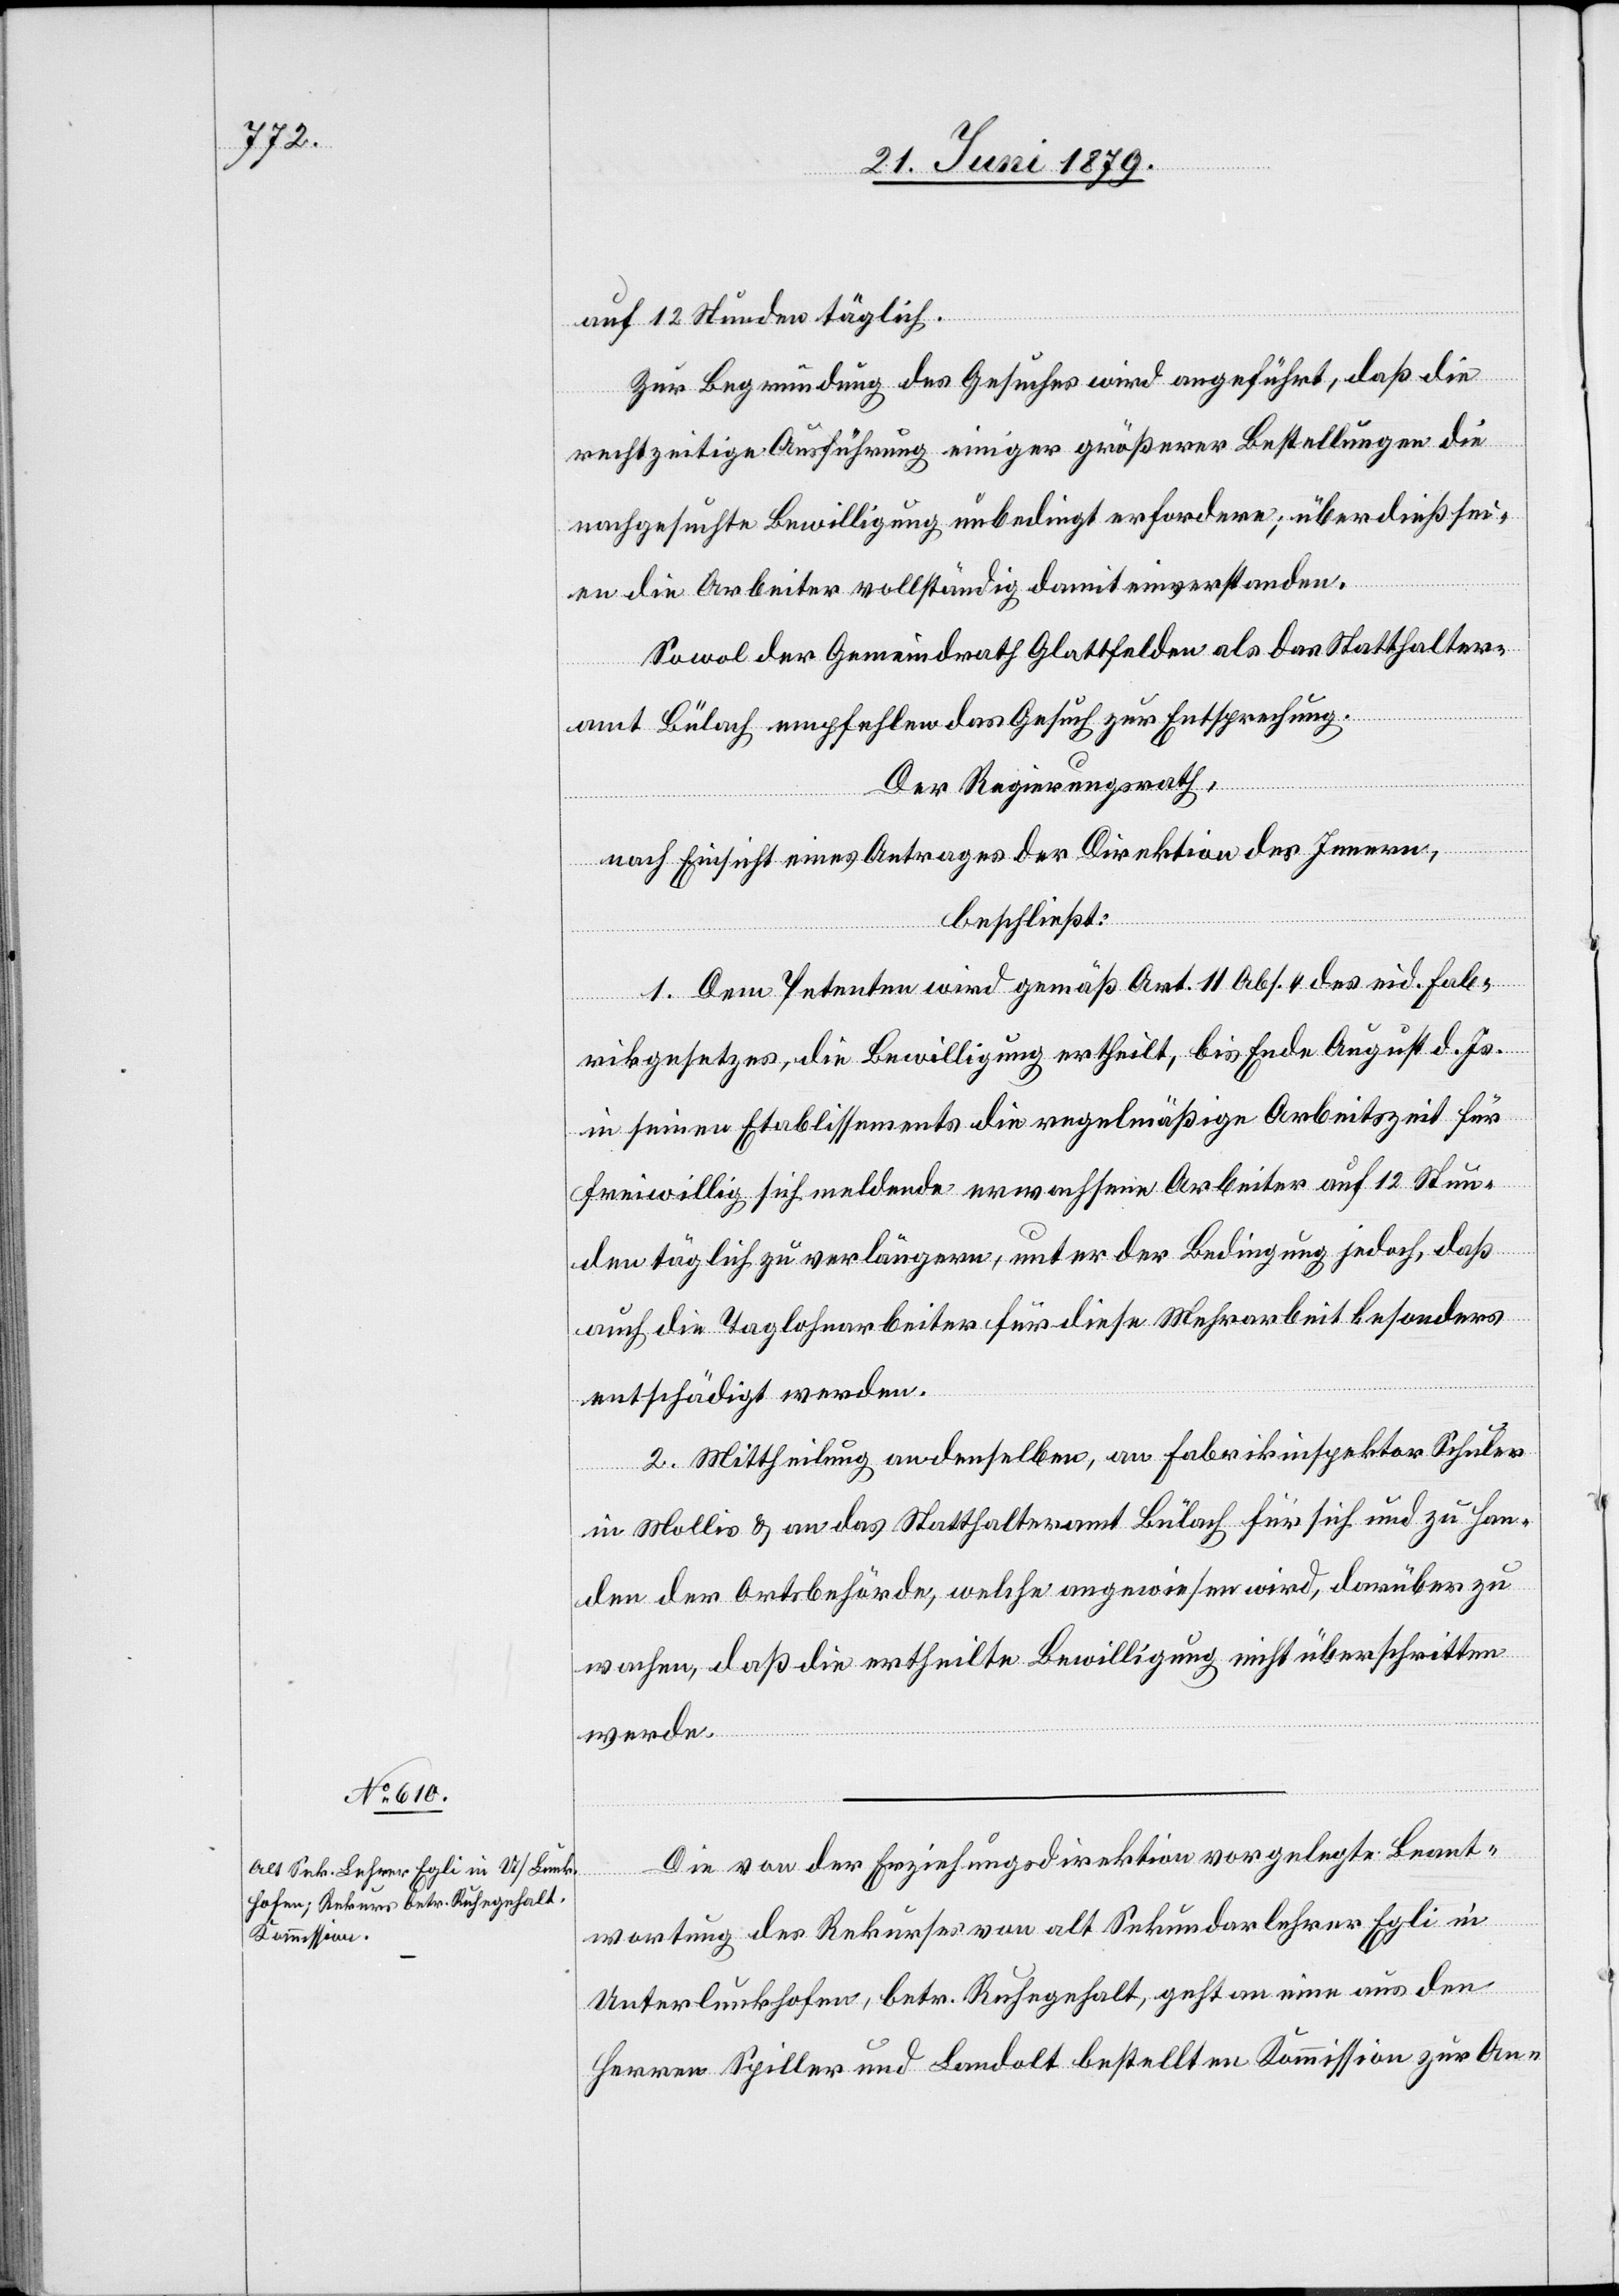
auf 12 Stunden täglich.
Zur Begründung des Gesuches wird angeführt, daß die
rechtzeitige Ausführung einiger größerer Bestellungen die
nachgesuchte Bewilligung unbedingt erfordere; überdies sei¬
en die Arbeiter vollständig damit einverstanden.
Sowol der Gemeindrath Glattfelden als das Statthalter¬
amt Bülach empfehlen das Gesuch zur Entsprechung.
Der Regierungsrath,
nach Einsicht eines Antrages der Direktion des Innern,
beschließt:
1. Dem Petenten wird gemäß Art. 11 Abs. 4 des eid. Fab¬
rikgesetzes, die Bewilligung ertheilt, bis Ende August d. Js.
in seinen Etablissements die regelmäßige Arbeitszeit für
freiwillig sich meldende erwachsene Arbeiter auf 12 Stun¬
den täglich zu verlängern, unter der Bedingung jedoch, daß
auch die Taglohnarbeiter für diese Mehrarbeit besonders
entschädigt werden.
2. Mittheilung an denselben, an Fabrikinspektor Schuler
in Mollis & an das Stattthalteramt Bülach für sich und zu Han¬
den der Ortsbehörde, welche angewiesen wird, darüber zu
wachen, daß die ertheilte Bewilligung nicht überschritten
werde.
Die von der Erziehungsdirektion vorgelegte Beant¬
wortung des Rekurses von alt Sekundarlehrer Egli in
Unterlunkhofen, betr. Ruhegehalt, geht an eine aus den
Herren Spiller und Landolt bestellten [sic!] Kommission zur An-